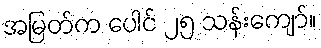
အမြတ်က ပေါင် ၂၅ သန်းကျော်။